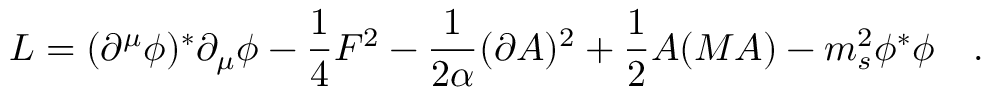
{ \cal L } = ( \partial ^ { \mu } \phi ) ^ { \ast } \partial _ { \mu } \phi - { \frac { 1 } { 4 } } F ^ { 2 } - { \frac { 1 } { 2 \alpha } } ( \partial A ) ^ { 2 } + { \frac { 1 } { 2 } } A ( M A ) - m _ { s } ^ { 2 } \phi ^ { \ast } \phi \quad . \; \;